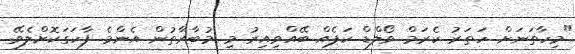
"މިހާތަނަށް ހަތަރު ކެރަމް ވޯލްޑް ކަޕެއް ބޭއްވިއިރު މި މުބާރާތުން އެންމެ ފާހަގަކޮށްލެވޭ